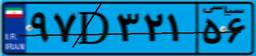
۹۰D۲۹۸۰۰